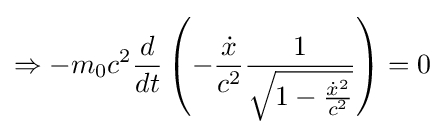
\Rightarrow -m_{0}c^{2}{\frac {d}{dt}}\left(-{\frac {\dot {x}}{c^{2}}}{\frac {1}{\sqrt {1-{\frac {{\dot {x}}^{2}}{c^{2}}}}}}\right)=0